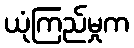
ယုံကြည်မှုက